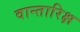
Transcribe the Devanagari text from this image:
वान्तारिक्ष